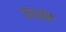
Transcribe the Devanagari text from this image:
गळकी